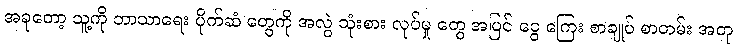
အခုတော့ သူ့ကို ဘာသာရေး ပိုက်ဆံ တွေကို အလွဲ သုံးစား လုပ်မှု တွေ အပြင် ငွေ ကြေး စာချုပ် စာတမ်း အတု